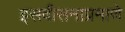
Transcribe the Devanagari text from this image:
इसवीसनाप्रमाणे